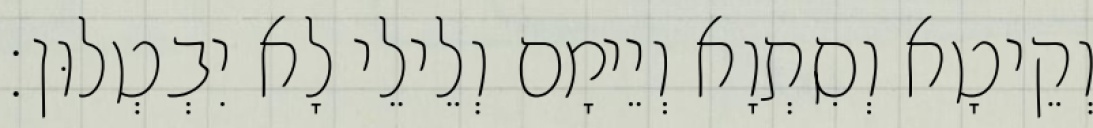
וְקֵיטָא וְסִתְוָא וְיֵימָם וְלֵילֵי לָא יִבְטְלוּן׃